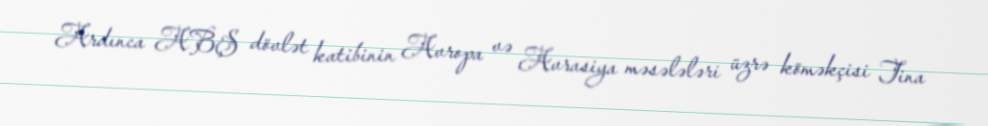
Ardınca ABŞ dövlət katibinin Avropa və Avrasiya məsələləri üzrə köməkçisi Tina